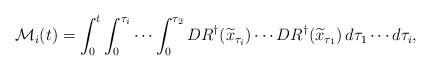
LaTeX: \begin{align*}\mathcal M_i(t)=\int_0^t\int_0^{\tau_i}\cdots\int_0^{\tau_2}DR^\dagger(\widetilde x_{\tau_i})\cdots DR^\dagger(\widetilde x_{\tau_1})\,d\tau_1\cdots d\tau_i,\end{align*}